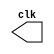
// ------------------------- 
// Exemplo0041 
// Nome: Ailton Gomes 
// -------------------------
// ---------------------------
// -- test clock generator (1)
// ---------------------------
module clock ( clk );
output clk;
reg clk;

initial
begin
clk = 1'b0;
end

always
begin
#12 clk = ~clk;
end

endmodule // clock ( )


module Exemplo0041;
wire clk;
clock CLK1 ( clk );

initial begin
$dumpfile ( "Nome: Ailton Gomes Matricula: 440092" );
$dumpfile ( "Exemplo041.vcd" );
$dumpvars;
#120 $finish;
end

endmodule // Exemplo041 ( )